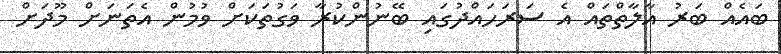
ބައެއް ބަރު އާލާތްތައް އެ ސަރަހައްދުގައި ބޭނުންކުރާ ވަގުތަކަށް ވުމުން އެތަނަށް މޫދަށް